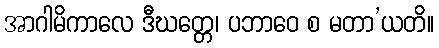
အာဂါမိကာလေ ဒီဃတ္တေ၊ ပဘာဝေ စ မတာ’ယတိ။